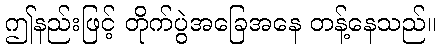
ဤနည်းဖြင့် တိုက်ပွဲအခြေအနေ တန့်နေသည်။